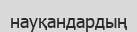
науқандардың